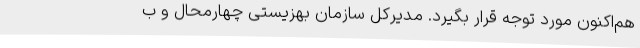
هم‌اکنون مورد توجه قرار بگیرد. مدیرکل سازمان بهزیستی چهارمحال و ب